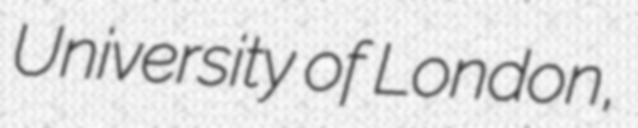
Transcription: University of London,